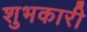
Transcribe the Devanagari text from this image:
शुभकारी